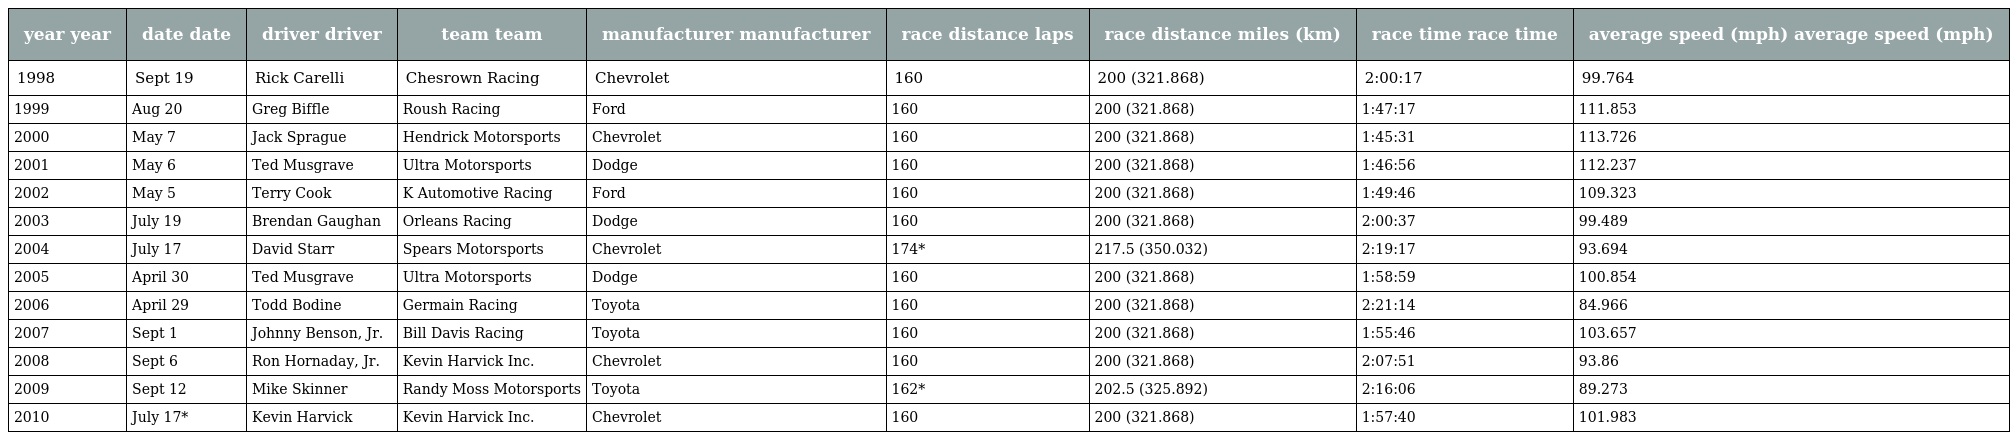
| year year | date date | driver driver | team team | manufacturer manufacturer | race distance laps | race distance miles (km) | race time race time | average speed (mph) average speed (mph) |
 | --- | --- | --- | --- | --- | --- | --- | --- | --- |
 | 1998 | Sept 19 | Rick Carelli | Chesrown Racing | Chevrolet | 160 | 200 (321.868) | 2:00:17 | 99.764 |
 | 1999 | Aug 20 | Greg Biffle | Roush Racing | Ford | 160 | 200 (321.868) | 1:47:17 | 111.853 |
 | 2000 | May 7 | Jack Sprague | Hendrick Motorsports | Chevrolet | 160 | 200 (321.868) | 1:45:31 | 113.726 |
 | 2001 | May 6 | Ted Musgrave | Ultra Motorsports | Dodge | 160 | 200 (321.868) | 1:46:56 | 112.237 |
 | 2002 | May 5 | Terry Cook | K Automotive Racing | Ford | 160 | 200 (321.868) | 1:49:46 | 109.323 |
 | 2003 | July 19 | Brendan Gaughan | Orleans Racing | Dodge | 160 | 200 (321.868) | 2:00:37 | 99.489 |
 | 2004 | July 17 | David Starr | Spears Motorsports | Chevrolet | 174* | 217.5 (350.032) | 2:19:17 | 93.694 |
 | 2005 | April 30 | Ted Musgrave | Ultra Motorsports | Dodge | 160 | 200 (321.868) | 1:58:59 | 100.854 |
 | 2006 | April 29 | Todd Bodine | Germain Racing | Toyota | 160 | 200 (321.868) | 2:21:14 | 84.966 |
 | 2007 | Sept 1 | Johnny Benson, Jr. | Bill Davis Racing | Toyota | 160 | 200 (321.868) | 1:55:46 | 103.657 |
 | 2008 | Sept 6 | Ron Hornaday, Jr. | Kevin Harvick Inc. | Chevrolet | 160 | 200 (321.868) | 2:07:51 | 93.86 |
 | 2009 | Sept 12 | Mike Skinner | Randy Moss Motorsports | Toyota | 162* | 202.5 (325.892) | 2:16:06 | 89.273 |
 | 2010 | July 17* | Kevin Harvick | Kevin Harvick Inc. | Chevrolet | 160 | 200 (321.868) | 1:57:40 | 101.983 |